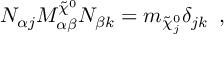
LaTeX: N _ { \alpha j } M _ { \alpha \beta } ^ { \tilde { \chi } ^ { 0 } } N _ { \beta k } = m _ { \tilde { \chi } _ { j } ^ { 0 } } \delta _ { j k } \enspace ,